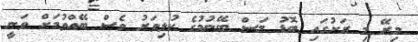
މިރޭ މި ރަށުގައި ބޮޑު މަސް ބޭނުމުގެ ކުޅިވަރު ވެސް ބޭއްވުމަށް ވަނީ